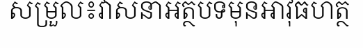
សម្រួល៖វាសនាអត្ថបទមុនអាវុធហត្ថ